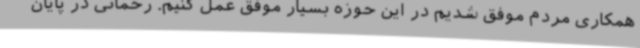
همکاری مردم موفق شدیم در این حوزه بسیار موفق عمل کنیم. رحمانی در پایان